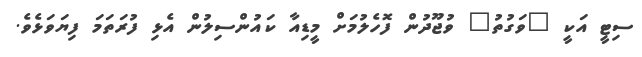
ސިޓީ އަކީ "ވަގުތު" ވުޖޫދުން ފޮހެލުމަށް މީޑިއާ ކައުންސިލުން އެޅި ފުރަތަމަ ފިޔަވަޅެވެ.